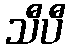
သီပီ